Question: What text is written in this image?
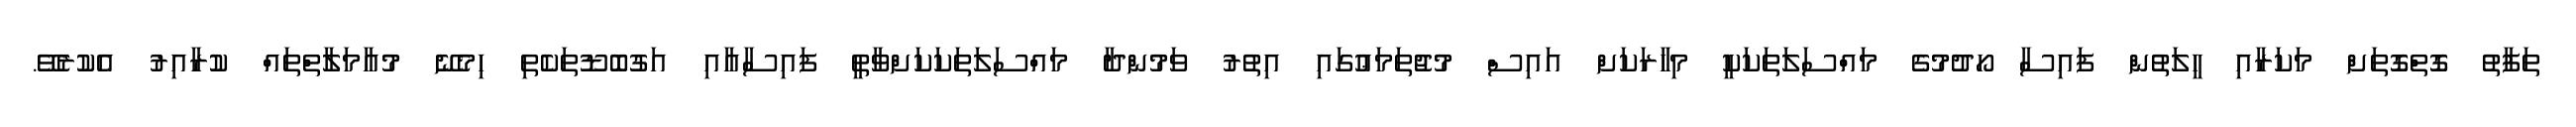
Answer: ތަފާތު ގޮތްގޮތަށް މަކަރާއި ހީލަތުން ފައިސާ ހޯދުމުގެ މައްސަލަތަކަކީ މިހާރަކަށް އައިސް މުޖުތަމަޢުގައި އިތުރު ވަމުންދާ މައްސަލަތަކަކަށްވާތީ ފައިސާއާއި އަގުބޮޑޫތަކެތި ހިމެނޭ މުއާމަލާތްތައް ކުރާއިރު އެކުރެވޭ.